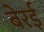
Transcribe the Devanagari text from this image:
बेरई